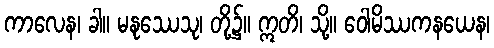
ကာလေန၊ ခါ။ မနုဿေသု၊ တို့၌။ ဣတိ၊ သို့။ ဝေါမိဿကနယေန၊